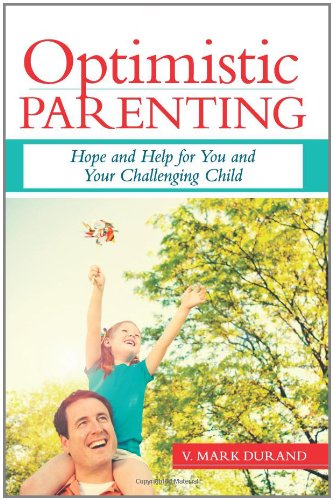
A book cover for Optimistic Parenting: Hope and Help for You and Your Challenging Child; V. Mark Durand; Self-Help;